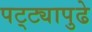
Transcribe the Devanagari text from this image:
पट्ट्यापुढे